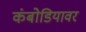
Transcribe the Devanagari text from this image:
कंबोडियावर